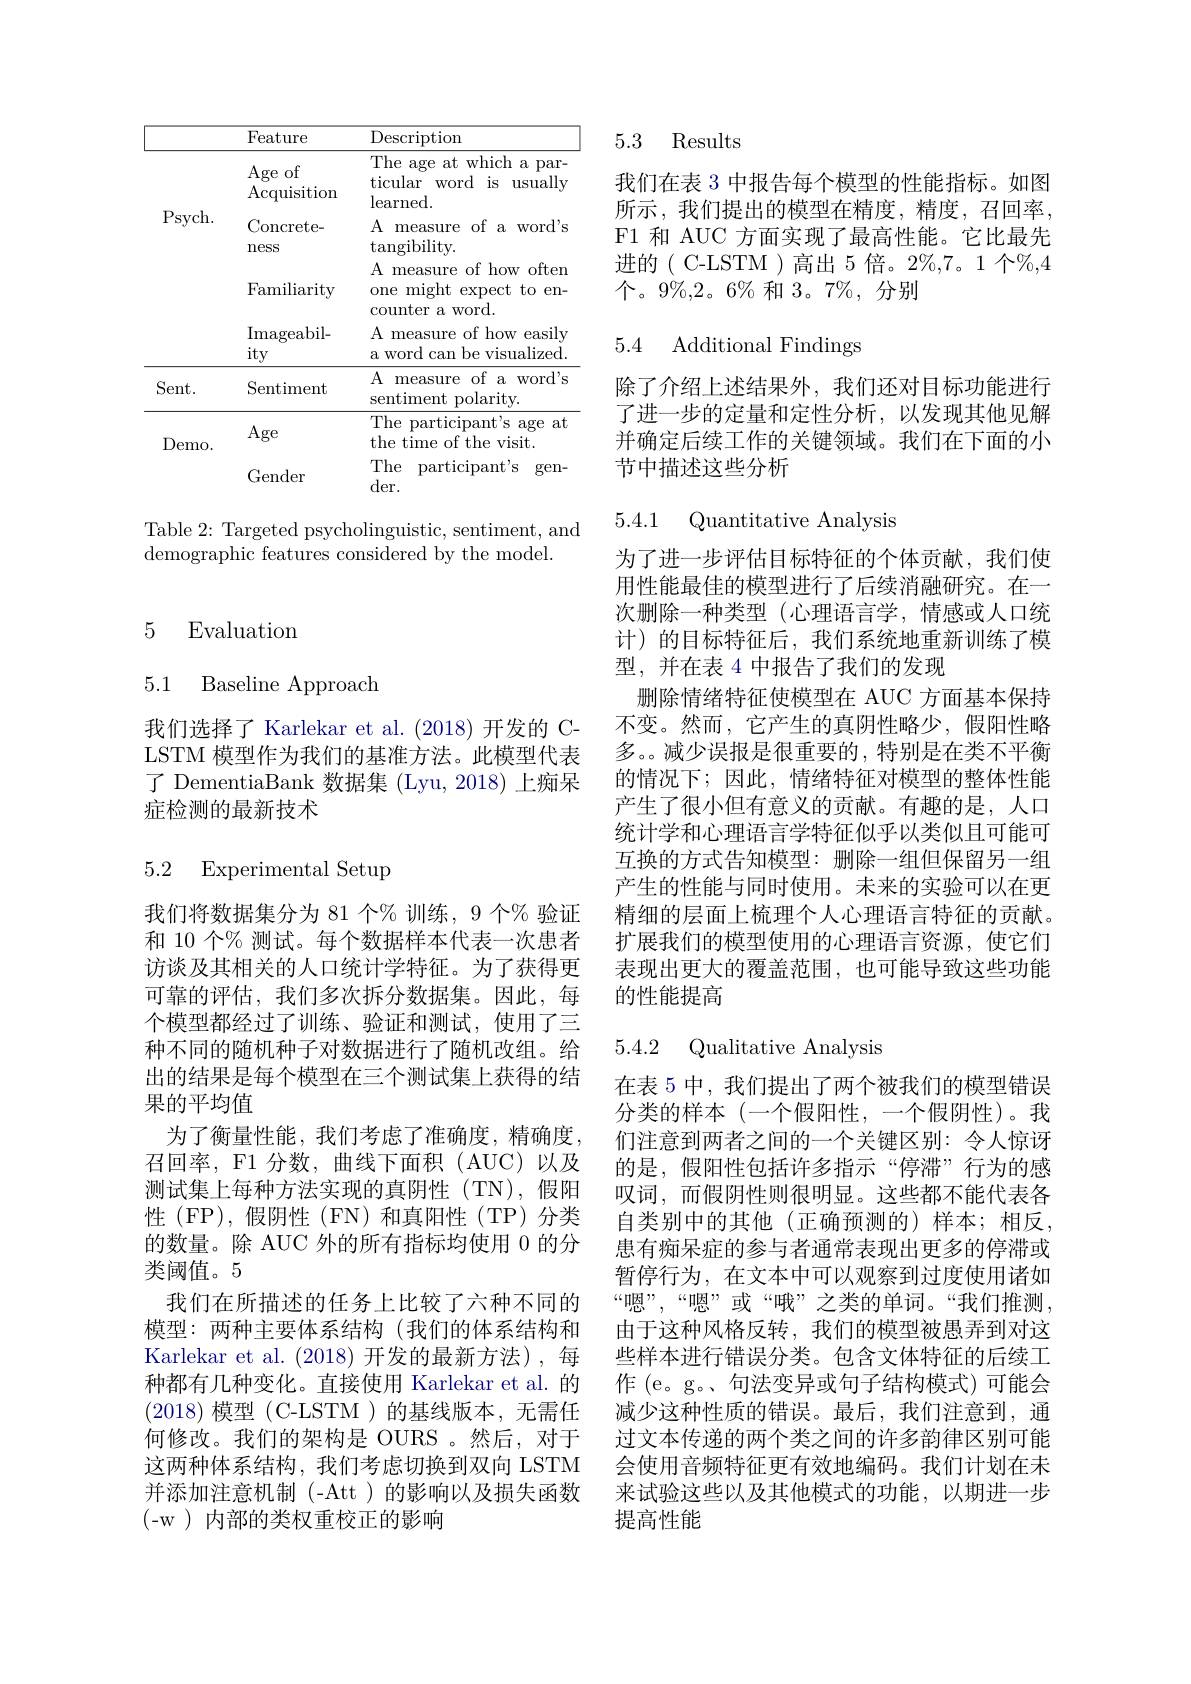
<table>
	<tbody>
		<tr>
			<th> </th>
			<th>Feature</th>
			<th>Description</th>
		</tr>
		<tr>
			<td rowspan="4">Psych. </td>
			<td>Age of $\operatorname{Acquisition}$</td>
			<td>The age at which a par- ticular r word is usually learned. </td>
		</tr>
		<tr>
			<td>Concrete- ness</td>
			<td>$A$ measure of a word's $\operatorname{tangibility}.$</td>
		</tr>
		<tr>
			<td>Familiarity</td>
			<td>measure of how often $A$ one r might expect to en- ter a mord</td>
		</tr>
		<tr>
			<td>Imageabil- ity</td>
			<td>$A$ measure of how easily a word can be visualized.</td>
		</tr>
		<tr>
			<td>Sent. </td>
			<td>Sentiment</td>
			<td>$A$ measure c of a word's sentiment polarity.</td>
		</tr>
		<tr>
			<td rowspan="2">Demo. </td>
			<td>Age</td>
			<td>The participant's age at the time of the visit.</td>
		</tr>
		<tr>
			<td>Gender</td>
			<td>The participant's $gen-$ $der.$</td>
		</tr>
	</tbody>
</table>

Table 2: Targeted psycholinguistic, sentiment, and
demographic features considered by the model.

### 5 Evaluation

## 5.1 Baseline Approach

我们选择了 Karlekar et al.(2018)开发的 CLSTM 模型作为我们的基准方法。此模型代表了 DementiaBank 数据集 (Lyu, 2018) 上痴呆症检测的最新技术

## 5.2 Experimental Setup

我们将数据集分为 81 个% 训练，9 个% 验证和 10 个% 测试。每个数据样本代表一次患者访谈及其相关的人口统计学特征。为了获得更可靠的评估，我们多次拆分数据集。因此，每个模型都经过了训练、验证和测试，使用了三种不同的随机种子对数据进行了随机改组。给出的结果是每个模型在三个测试集上获得的结果的平均值
为了衡量性能，我们考虑了准确度，精确度， 召回率，F1 分数，曲线下面积 (AUC)以及测试集上每种方法实现的真阴性(TN),假阳性(FP),假阴性(FN)和真阳性(TP)分类的数量。除 AUC 外的所有指标均使用 0 的分类阈值。5
我们在所描述的任务上比较了六种不同的模型：两种主要体系结构(我们的体系结构和Karlekar et al. (2018)开发的最新方法),每种都有几种变化。直接使用 Karlekar et al. 的(2018)模型(C-LSTM)的基线版本，无需任何修改。我们的架构是 OURS 。然后，对于这两种体系结构，我们考虑切换到双向 LSTM 并添加注意机制(-Att)的影响以及损失函数(- w)内部的类权重校正的影响

5.3 Results

我们在表 3 中报告每个模型的性能指标。如图所示，我们提出的模型在精度，精度，召回率， F1 和 AUC 方面实现了最高性能。它比最先进的( C-LSTM )高出 5 倍。2%,7。1 个%,4个。9%,2。6% 和 3。7%, 分别

## 5.4 Additional Findings

除了介绍上述结果外，我们还对目标功能进行了进一步的定量和定性分析，以发现其他见解并确定后续工作的关键领域。我们在下面的小节中描述这些分析

5.4.1 Quantitative Analysis

为了进一步评估目标特征的个体贡献，我们使用性能最佳的模型进行了后续消融研究。在一次删除一种类型(心理语言学，情感或人口统计)的目标特征后，我们系统地重新训练了模型，并在表 4 中报告了我们的发现
删除情绪特征使模型在 AUC 方面基本保持不变。然而，它产生的真阴性略少，假阳性略多。。减少误报是很重要的，特别是在类不平衡的情况下；因此，情绪特征对模型的整体性能产生了很小但有意义的贡献。有趣的是，人口统计学和心理语言学特征似乎以类似且可能可互换的方式告知模型：删除一组但保留另一组产生的性能与同时使用。未来的实验可以在更精细的层面上梳理个人心理语言特征的贡献。扩展我们的模型使用的心理语言资源，使它们表现出更大的覆盖范围，也可能导致这些功能的性能提高

## 5.4.2 Qualitative Analysis

在表 5 中，我们提出了两个被我们的模型错误分类的样本(一个假阳性，一个假阴性)。我们注意到两者之间的一个关键区别：令人惊讶的是，假阳性包括许多指示“停滞”行为的感叹词，而假阴性则很明显。这些都不能代表各自类别中的其他(正确预测的)样本；相反， 患有痴呆症的参与者通常表现出更多的停滞或暂停行为，在文本中可以观察到过度使用诸如“嗯”,“嗯”或“哦”之类的单词。“我们推测， 由于这种风格反转，我们的模型被愚弄到对这些样本进行错误分类。包含文体特征的后续工作 (e。g。、句法变异或句子结构模式)可能会减少这种性质的错误。最后，我们注意到，通过文本传递的两个类之间的许多韵律区别可能会使用音频特征更有效地编码。我们计划在未来试验这些以及其他模式的功能，以期进一步提高性能